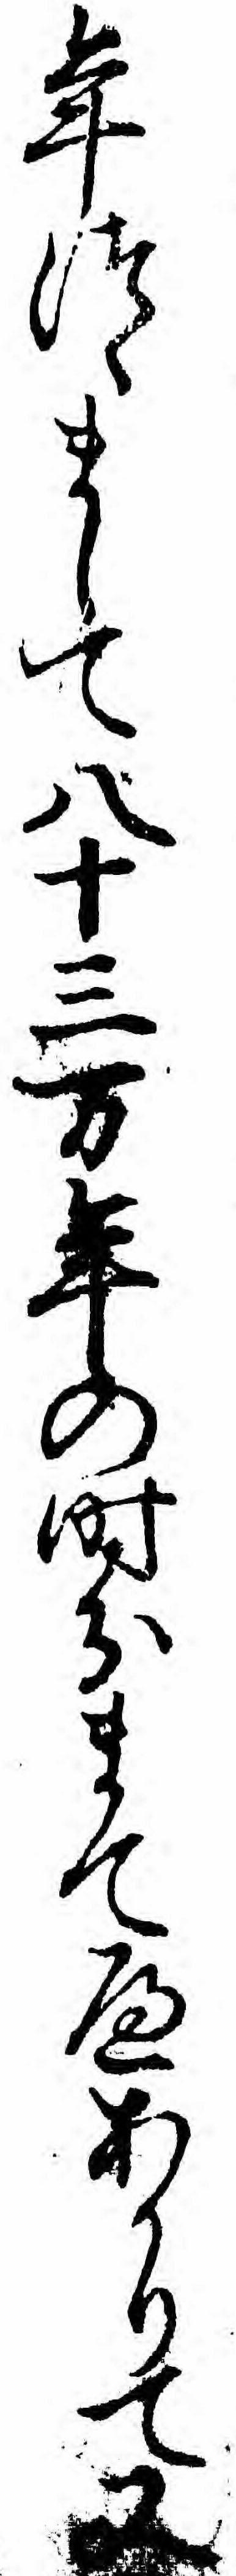
年つゝまして八十三万年の時分まてへあかりて又